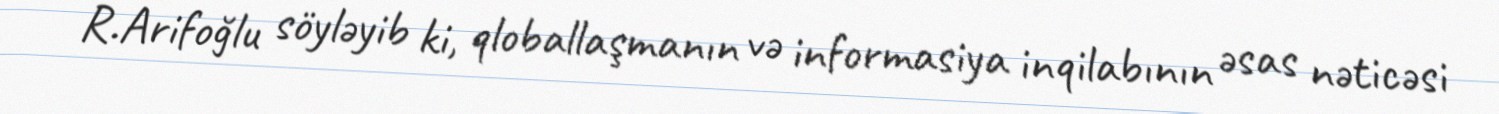
R.Arifoğlu söyləyib ki, qloballaşmanın və informasiya inqilabının əsas nəticəsi